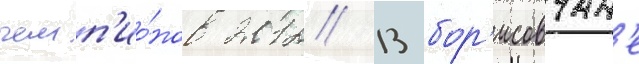
чемп'ио́нов 2012/ 13 бор'исовчан'е